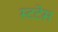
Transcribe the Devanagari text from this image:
स्टटेस